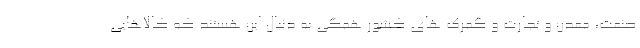
صنعت، معدن و تجارت و گمرک های کشور همگی به دنبال این هستند که کالاهایی